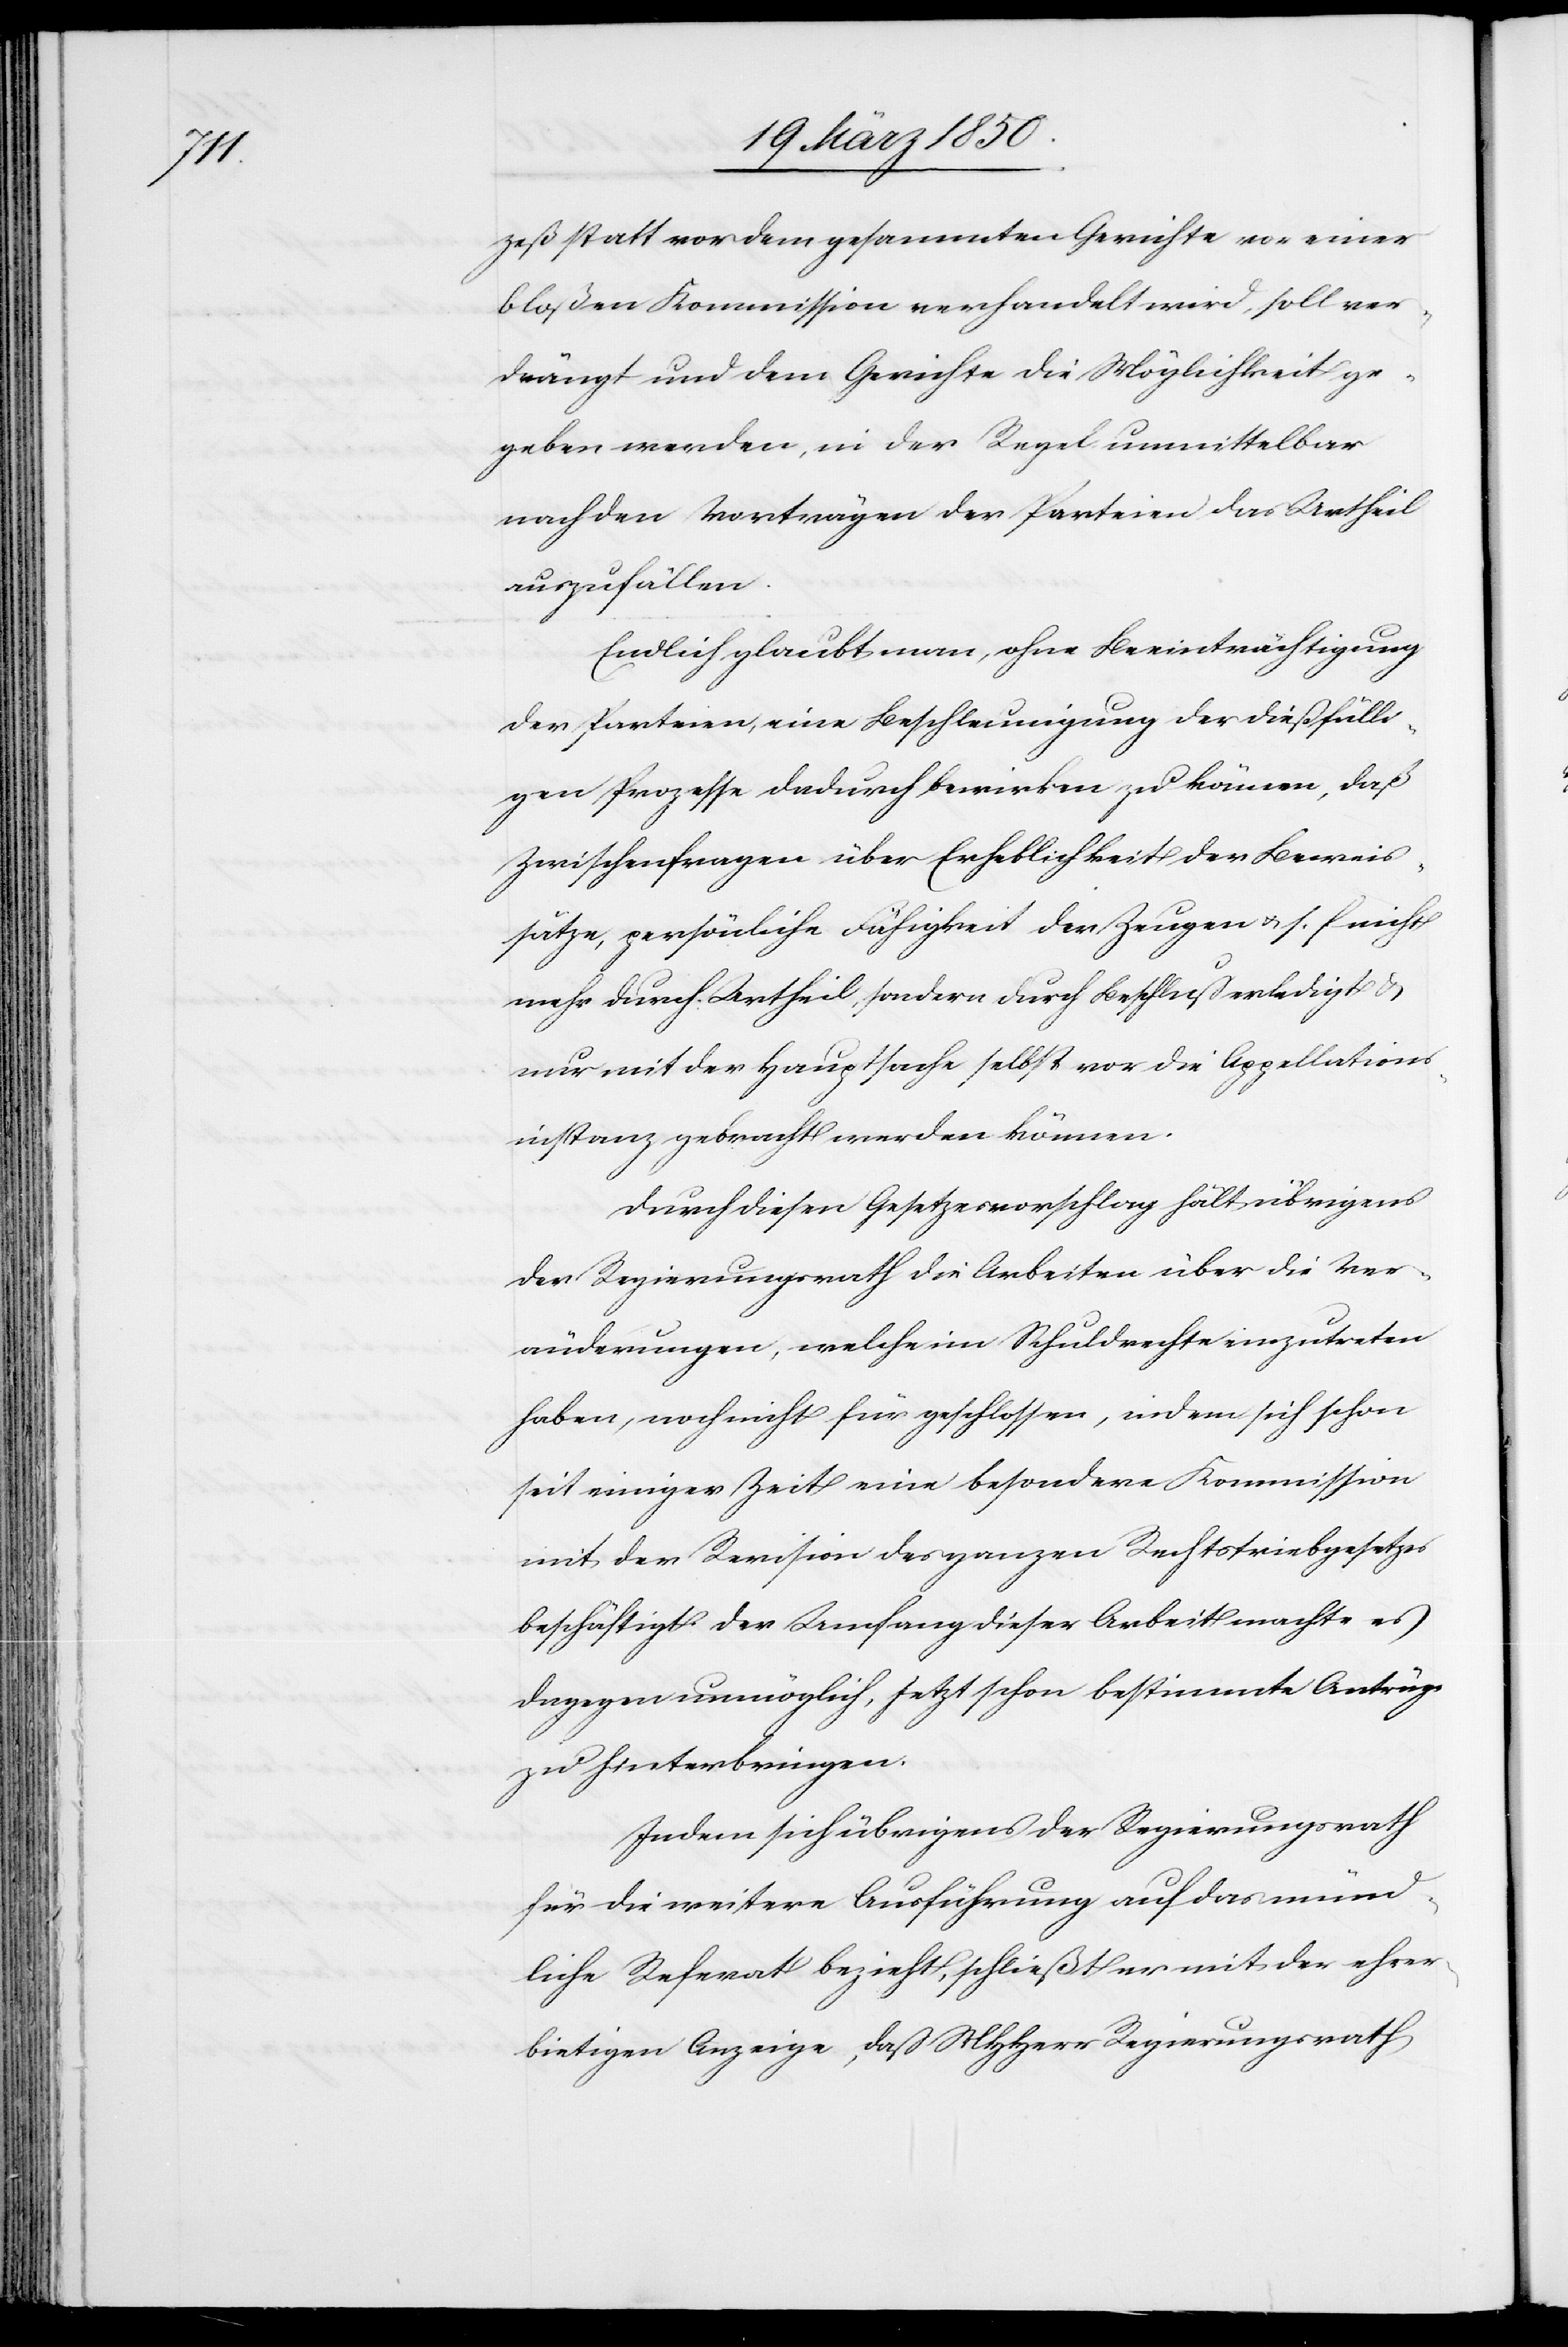
zeß statt vor dem gesammten Gerichte vor einer
bloßen Kommission verhandelt wird, soll ver¬
drängt und dem Gerichte die Möglichkeit ge¬
geben werden, in der Regel unmittelbar
nach den Vorträgen der Parteien das Urtheil
auszufällen.
Endlich glaubt man, ohne Beeinträchtigung
der Parteien, eine Beschleunigung der dießfälli¬
gen Prozesse dadurch bewirken zu können, daß
Zwischenfragen über Erheblichkeit der Beweis¬
sätze, persönliche Fähigkeit der Zeugen u. s. f. nicht
mehr durch Urtheil, sondern durch Beschluß erledigt u.
nur mit der Hauptsache selbst vor die Appellations¬
instanz gebracht werden können.
Durch diesen Gesetzesvorschlag hält übrigens
der Regierungsrath die Arbeiten über die Ver¬
änderungen, welche im Schuldrechte einzutreten
haben, noch nicht für geschlossen, indem sich schon
seit einiger Zeit eine besondere Kommission
mit der Revision des ganzen Rechtstriebgesetzes
beschäftigt. Der Umfang dieser Arbeit machte es
dagegen unmöglich, jetzt schon bestimmte Anträge
zu hinterbringen.
Indem sich übrigens der Regierungsrath
für die weitere Ausführung auf das münd¬
liche Referat bezieht, schließt er mit der ehrer¬
bietigen Anzeige, daß MHHerr Regierungsrath